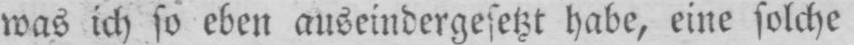
was ich so eben auseindergesetzt habe, eine solche